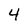
Character: 4